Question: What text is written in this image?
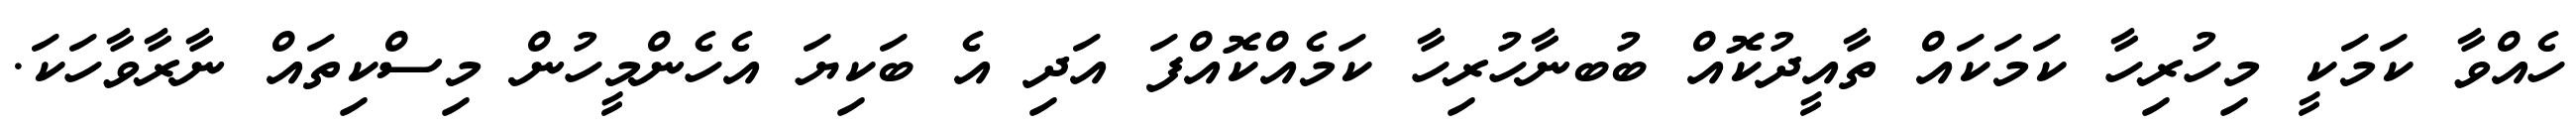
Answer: ހެއްވާ ކަމަކީ މިހުރިހާ ކަމަކައް ތާއީދުކޮއް ބުބނާހުރިހާ ކަމެއްކޮއްފަ އަދި އެ ބަކިޔަ އެހެންމީހުން މިސްކިތައް ނާރާވާހަކަ.